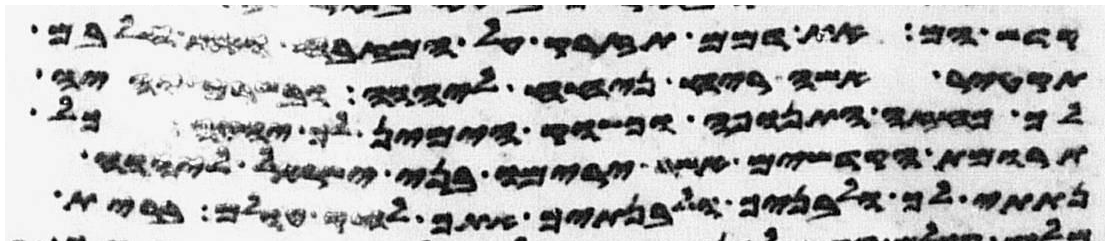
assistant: קדש הם את דמם תזרק על המזבח ואת חלבם
תקטיר אשה ריח ניחח ליהוה ובשרם יהיה
לך כחזה התנופה וכשוק הימין לך יהיה כל
תרומת הקדשים אשר ירימו בני ישראל ליהוה
נתתי לך ולבניך ולבנתיך אתך לחק עולם ברית